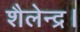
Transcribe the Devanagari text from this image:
शैलेन्द्र।